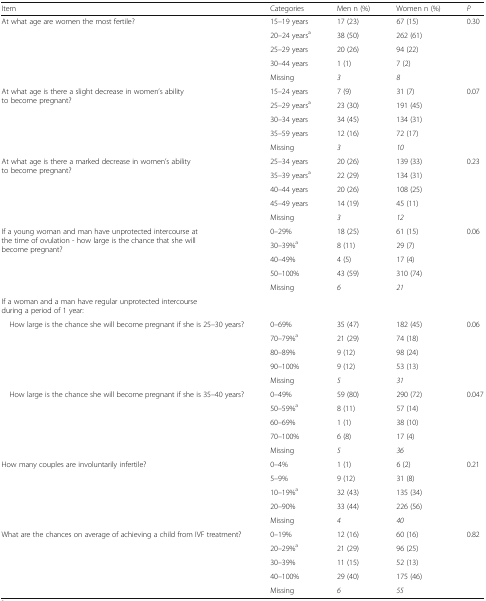
<table><thead><tr><td><b>Item</b></td><td><b>Categories</b></td><td><b>Men n (%)</b></td><td><b>Women n (%)</b></td><td><b><i>P</i></b></td></tr></thead><tbody><tr><td rowspan="5">At what age are women the most fertile?</td><td>15–19 years</td><td>17 (23)</td><td>67 (15)</td><td rowspan="5">0.30</td></tr><tr><td>20–24 years<sup>a</sup></td><td>38 (50)</td><td>262 (61)</td></tr><tr><td>25–29 years</td><td>20 (26)</td><td>94 (22)</td></tr><tr><td>30–44 years</td><td>1 (1)</td><td>7 (2)</td></tr><tr><td>Missing</td><td><i>3</i></td><td><i>8</i></td></tr><tr><td rowspan="5">At what age is there a slight decrease in women’s ability to become pregnant?</td><td>15–24 years</td><td>7 (9)</td><td>31 (7)</td><td rowspan="5">0.07</td></tr><tr><td>25–29 years<sup>a</sup></td><td>23 (30)</td><td>191 (45)</td></tr><tr><td>30–34 years</td><td>34 (45)</td><td>134 (31)</td></tr><tr><td>35–59 years</td><td>12 (16)</td><td>72 (17)</td></tr><tr><td>Missing</td><td><i>3</i></td><td><i>10</i></td></tr><tr><td rowspan="5">At what age is there a marked decrease in women’s ability to become pregnant?</td><td>25–34 years</td><td>20 (26)</td><td>139 (33)</td><td rowspan="5">0.23</td></tr><tr><td>35–39 years<sup>a</sup></td><td>22 (29)</td><td>134 (31)</td></tr><tr><td>40–44 years</td><td>20 (26)</td><td>108 (25)</td></tr><tr><td>45–49 years</td><td>14 (19)</td><td>45 (11)</td></tr><tr><td>Missing</td><td><i>3</i></td><td><i>12</i></td></tr><tr><td rowspan="5">If a young woman and man have unprotected intercourse at the time of ovulation - how large is the chance that she will become pregnant?</td><td>0–29%</td><td>18 (25)</td><td>61 (15)</td><td rowspan="5">0.06</td></tr><tr><td>30–39%<sup>a</sup></td><td>8 (11)</td><td>29 (7)</td></tr><tr><td>40–49%</td><td>4 (5)</td><td>17 (4)</td></tr><tr><td>50–100%</td><td>43 (59)</td><td>310 (74)</td></tr><tr><td>Missing</td><td><i>6</i></td><td><i>21</i></td></tr><tr><td colspan="5">If a woman and a man have regular unprotected intercourse during a period of 1 year:</td></tr><tr><td rowspan="5"> How large is the chance she will become pregnant if she is 25–30 years?</td><td>0–69%</td><td>35 (47)</td><td>182 (45)</td><td rowspan="5">0.06</td></tr><tr><td>70–79%<sup>a</sup></td><td>21 (29)</td><td>74 (18)</td></tr><tr><td>80–89%</td><td>9 (12)</td><td>98 (24)</td></tr><tr><td>90–100%</td><td>9 (12)</td><td>53 (13)</td></tr><tr><td>Missing</td><td><i>5</i></td><td><i>31</i></td></tr><tr><td rowspan="5"> How large is the chance she will become pregnant if she is 35–40 years?</td><td>0–49%</td><td>59 (80)</td><td>290 (72)</td><td rowspan="5">0.047</td></tr><tr><td>50–59%<sup>a</sup></td><td>8 (11)</td><td>57 (14)</td></tr><tr><td>60–69%</td><td>1 (1)</td><td>38 (10)</td></tr><tr><td>70–100%</td><td>6 (8)</td><td>17 (4)</td></tr><tr><td>Missing</td><td><i>5</i></td><td><i>36</i></td></tr><tr><td rowspan="5">How many couples are involuntarily infertile?</td><td>0–4%</td><td>1 (1)</td><td>6 (2)</td><td rowspan="5">0.21</td></tr><tr><td>5–9%</td><td>9 (12)</td><td>31 (8)</td></tr><tr><td>10–19%<sup>a</sup></td><td>32 (43)</td><td>135 (34)</td></tr><tr><td>20–90%</td><td>33 (44)</td><td>226 (56)</td></tr><tr><td>Missing</td><td><i>4</i></td><td><i>40</i></td></tr><tr><td rowspan="5">What are the chances on average of achieving a child from IVF treatment?</td><td>0–19%</td><td>12 (16)</td><td>60 (16)</td><td rowspan="5">0.82</td></tr><tr><td>20–29%<sup>a</sup></td><td>21 (29)</td><td>96 (25)</td></tr><tr><td>30–39%</td><td>11 (15)</td><td>52 (13)</td></tr><tr><td>40–100%</td><td>29 (40)</td><td>175 (46)</td></tr><tr><td>Missing</td><td><i>6</i></td><td><i>55</i></td></tr></tbody></table>